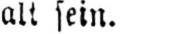
alt sein.